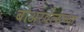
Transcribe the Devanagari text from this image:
बोअरवेल्सच्या